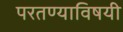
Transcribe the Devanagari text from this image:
परतण्याविषयी